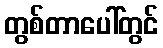
တွစ်တာပေါ်တွင်